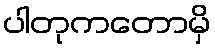
ပါတုကတောမှိ